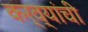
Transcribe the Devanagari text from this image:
कर्व्यांची